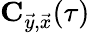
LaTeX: \mathbf{C}_{\vec{y},\vec{x}}(\tau)